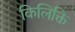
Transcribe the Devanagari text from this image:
किलिक्ति